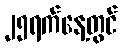
၂၅ရက်နေ့တွင်